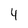
Character: 4